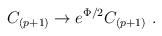
LaTeX: \begin{align*}C_{(p+1)} \rightarrow e^{\Phi/2} C_{(p+1)} \ .\end{align*}